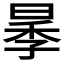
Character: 𱢋